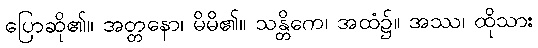
ပြောဆို၏။ အတ္တနော၊ မိမိ၏။ သန္တိကေ၊ အထံ၌။ အဿ၊ ထိုသား